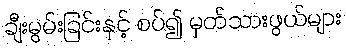
ချီးမွမ်းခြင်းနှင့် စပ်၍ မှတ်သားဖွယ်များ